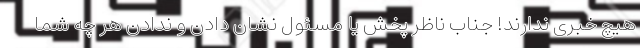
هیچ خبری ندارند! جناب ناظر پخش یا مسئول نشان دادن و ندادن هر چه شما